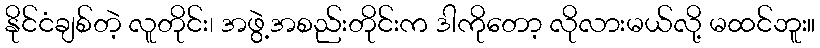
နိုင်ငံချစ်တဲ့ လူတိုင်း၊ အဖွဲ့အစည်းတိုင်းက ဒါကိုတော့ လိုလားမယ်လို့ မထင်ဘူး။